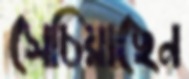
সেচিয়াছেন